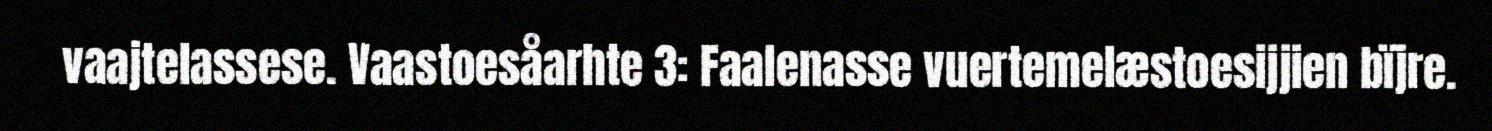
vaajtelassese. Vaastoesåarhte 3: Faalenasse vuertemelæstoesijjien bïjre.